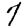
Digit: 7